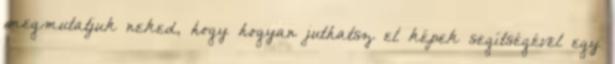
megmutatjuk neked, hogy hogyan juthatsz el képek segítségével egy